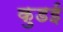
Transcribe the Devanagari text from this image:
कुडई